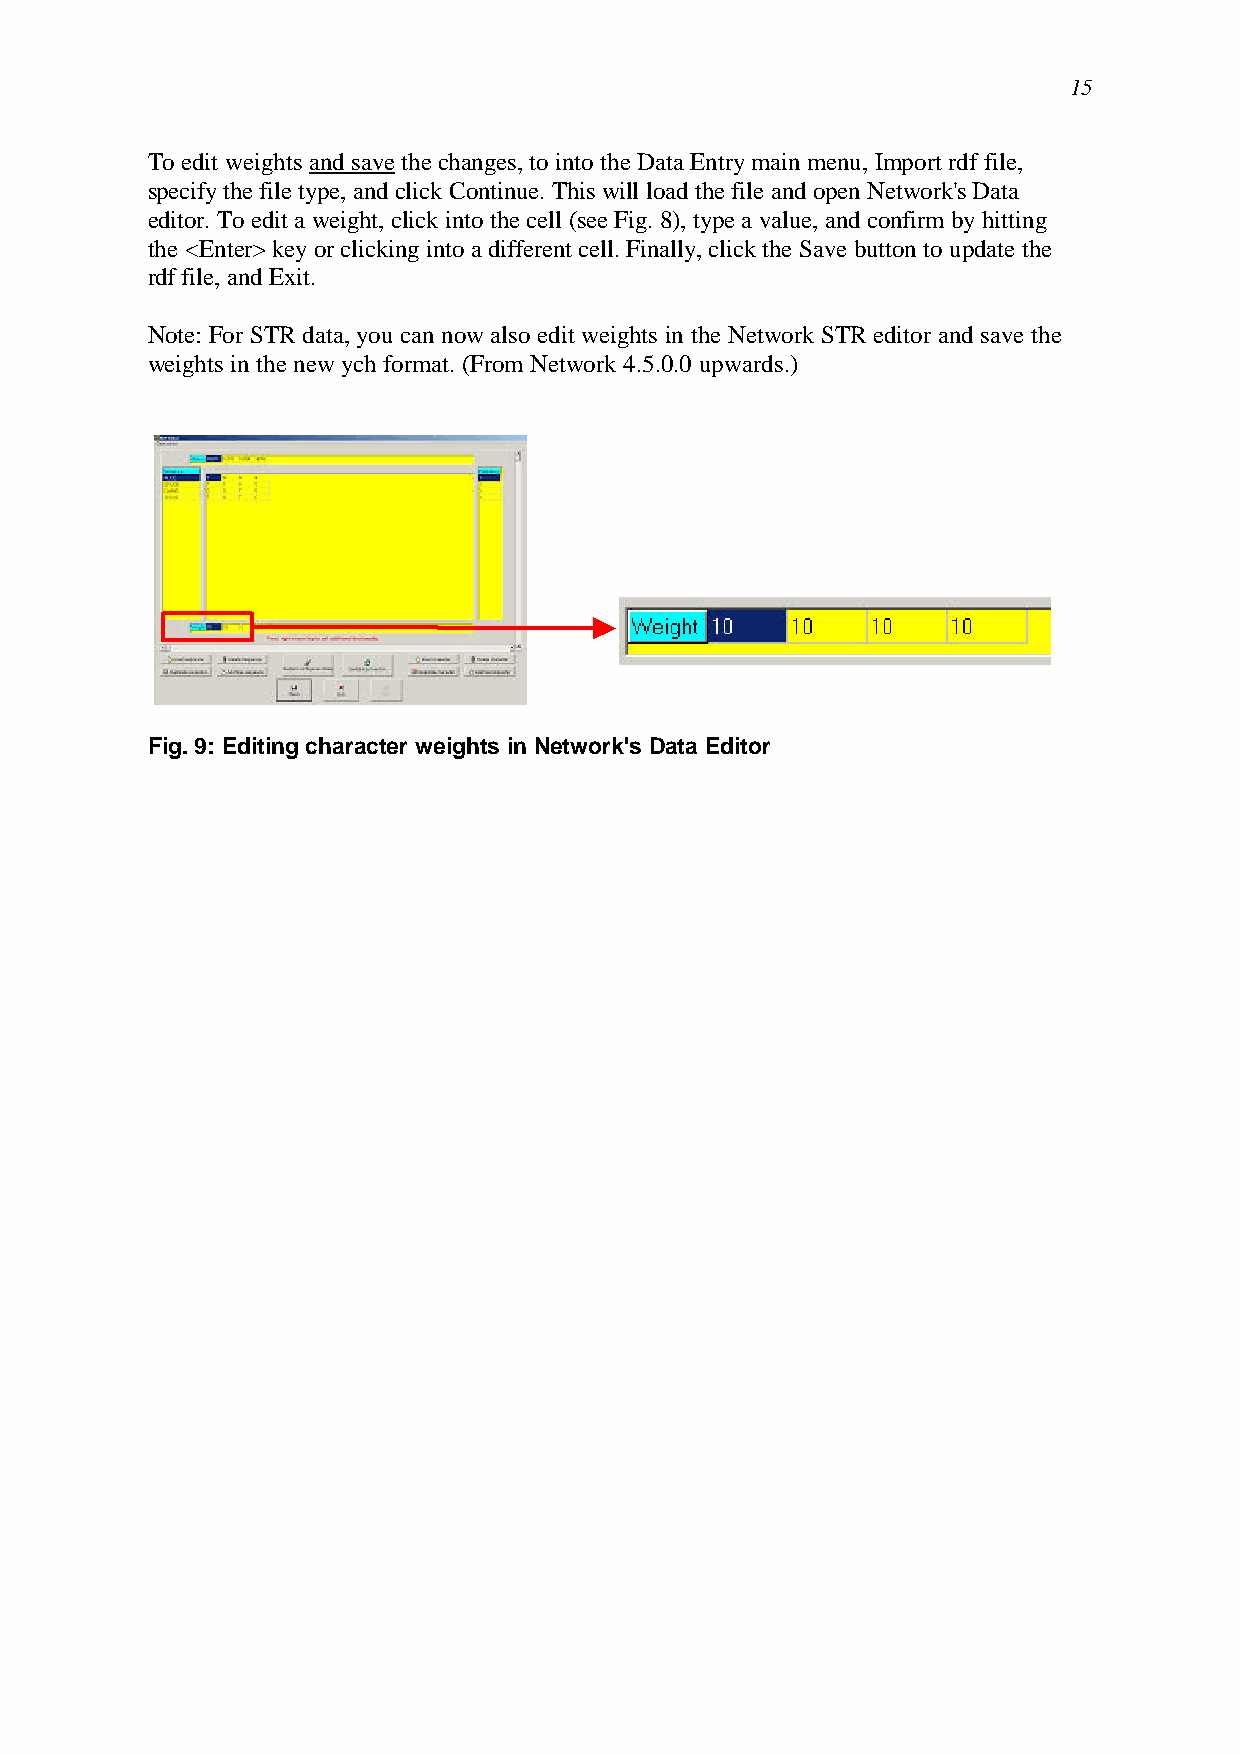
15
 To edit weights and save the changes, to into the Data Entry main menu, Import rdf file,
 specify the file type, and click Continue. This will load the file and open Network's Data
 editor. To edit a weight, click into the cell (see Fig. 8), type a value, and confirm by hitting
 the <Enter> key or clicking into a different cell. Finally, click the Save button to update the
 rdf file, and Exit.
 Note: For STR data, you can now also edit weights in the Network STR editor and save the
 weights in the new ych format. (From Network 4.5.0.0 upwards.)
 Fig. 9: Editing character weights in Network's Data Editor